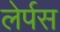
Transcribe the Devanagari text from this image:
लेर्पस